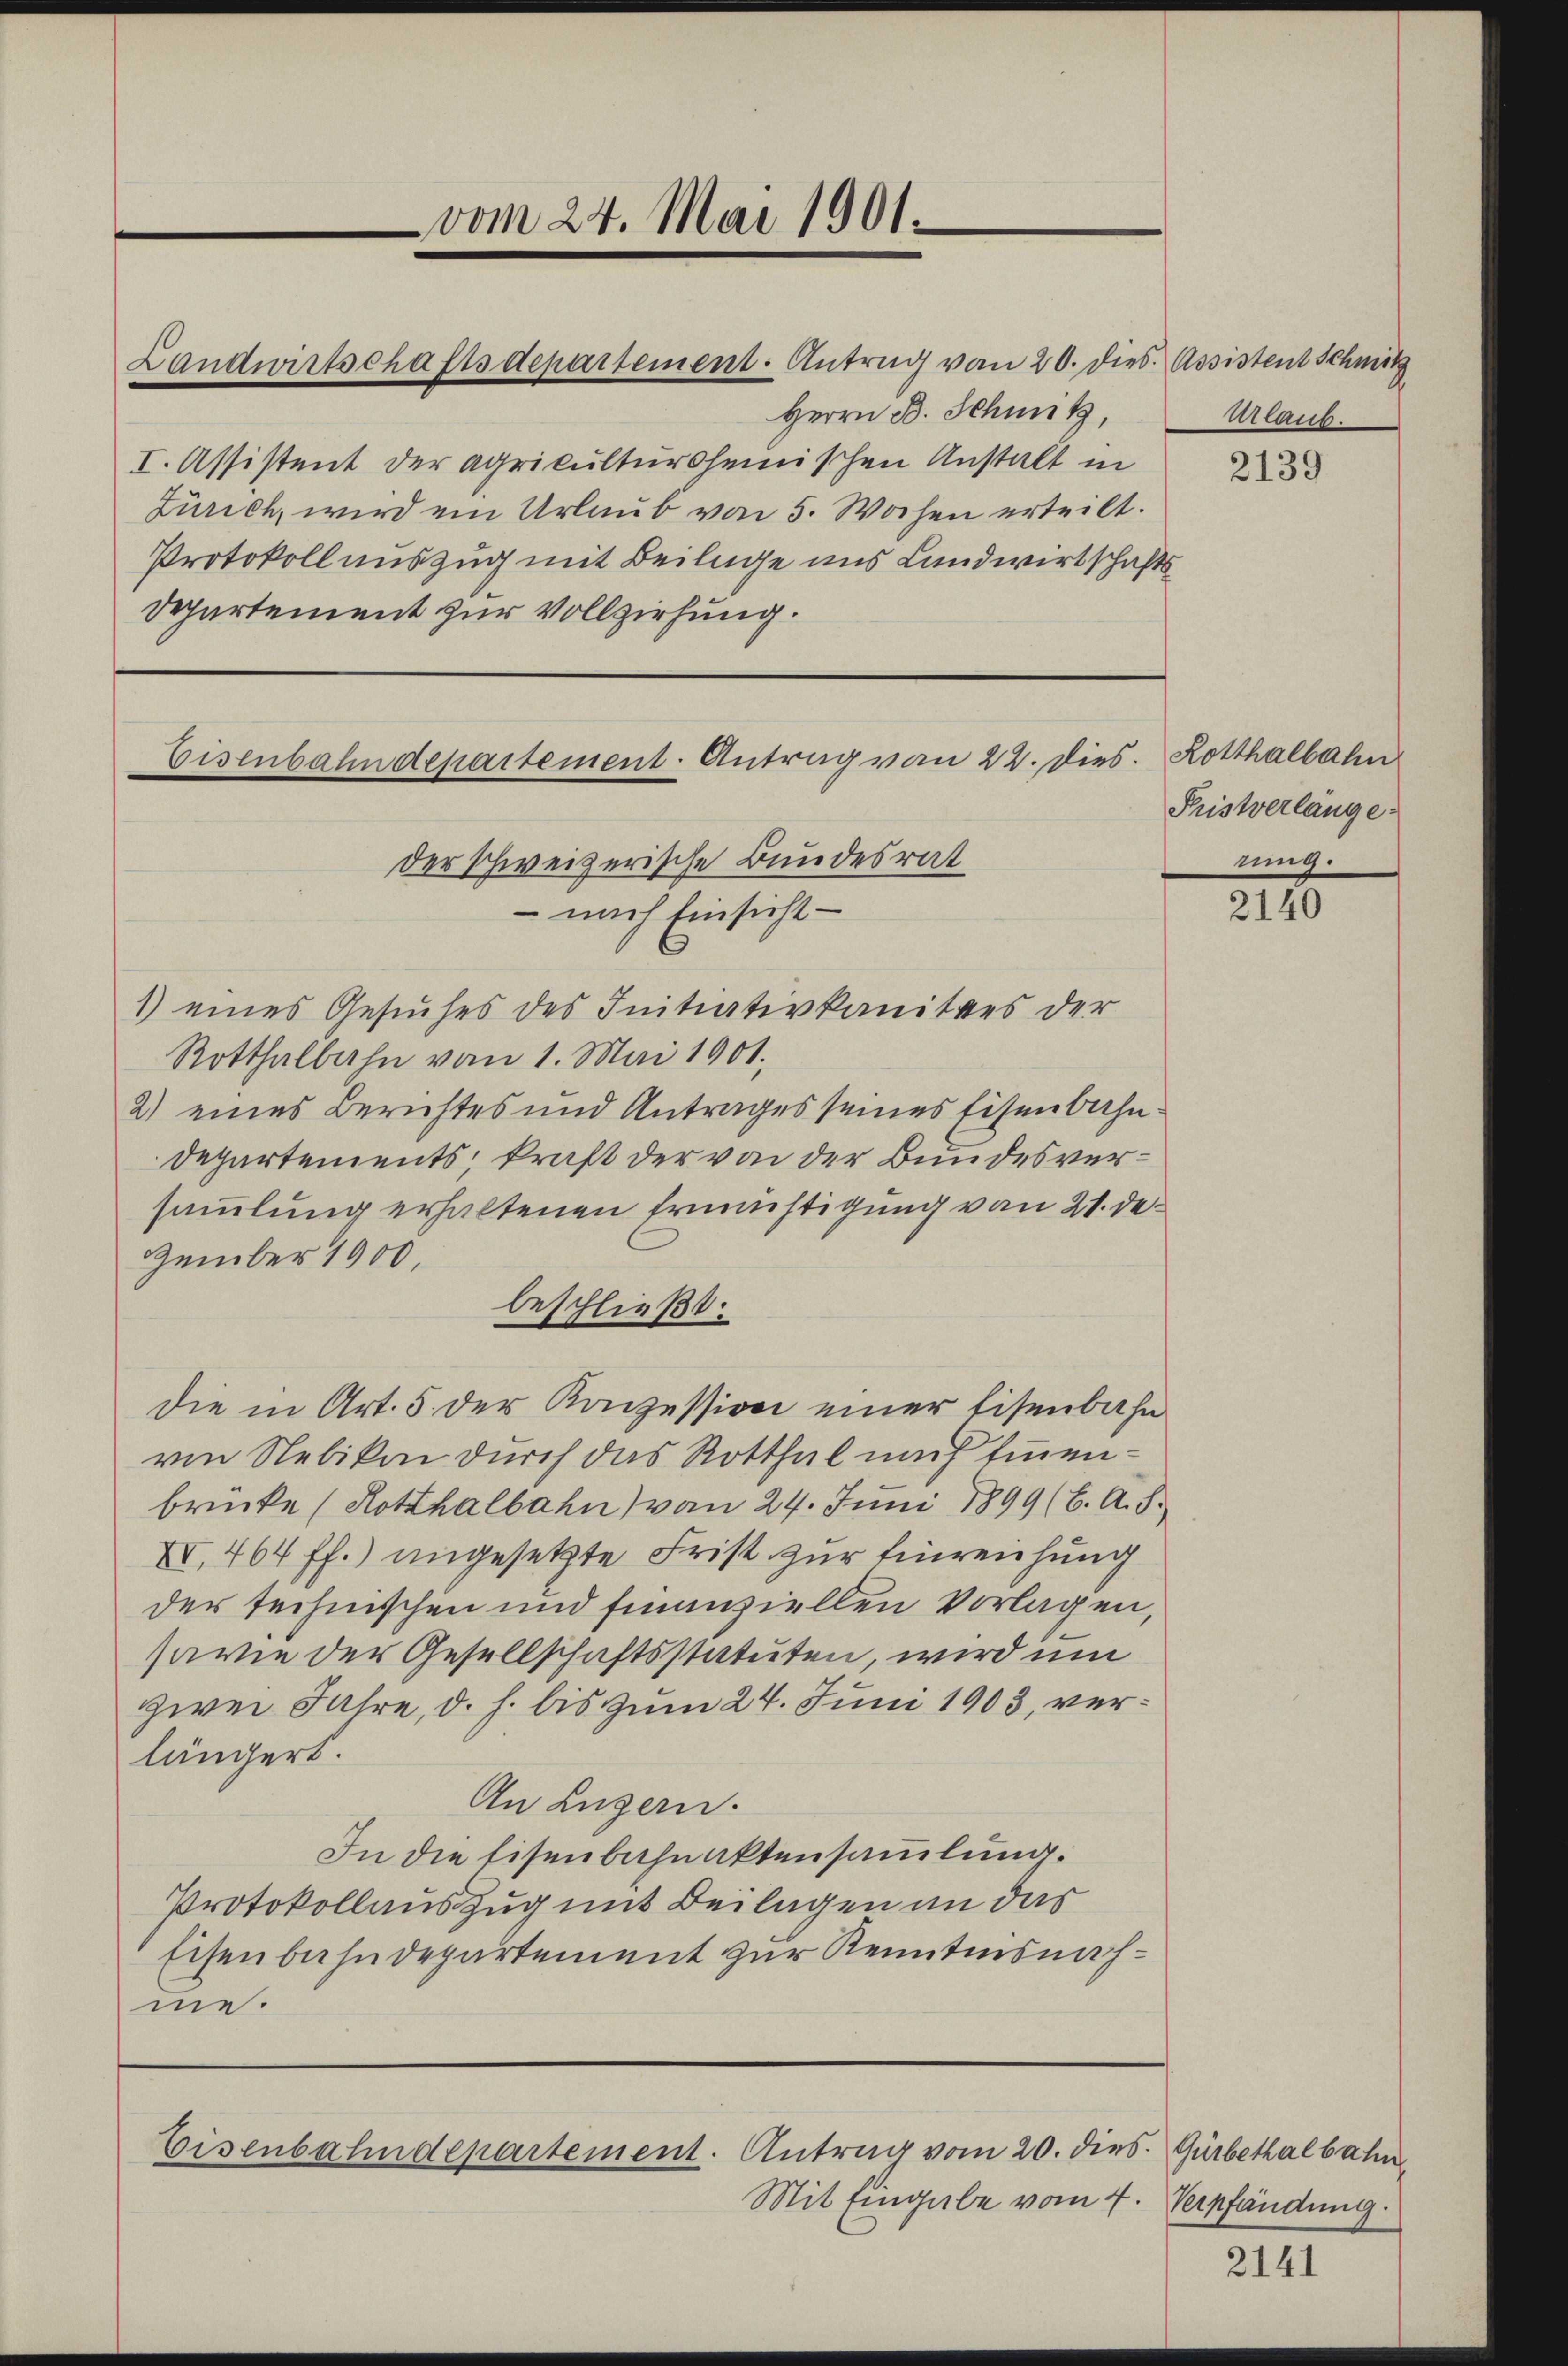
Landwirtschaftsdepartement. Antrag von 20. dies. Assistent Schmitz
Herrn B. Schutz,
I. Assistent der agrikultursleinischen Anstalt in
Zürich, wird ein Urlaub von 5. Wochen erteilt.
Protokoll auszug mit Beilage uns Landwirtschafts
Departement zur Vollziehung.

vom 24. Mai 1901.

nach Einsicht —
1) eines Gesuches des Initiativkanitärs der
Rotthalbahn vom 1. Mai 1901.
2) eines Berichtes und Antrages seines Eisenbahn.
Departements, kraft der von der Bundesversammlung erhaltenen Ermünstigung von 21. de
zember 1900,
beschließt:
die in Art. 5 der Konzession einer Eisenbahn
von Nebikon durch das Rotthal mich Einnenbrücke (Rotthalbahn vom 24. Juni 1899 (6. A. S.
XV, 464 ff.) angesetzte Frist zur Einreichung
der technischen und finanziellen Vorlagen,
sawie der Gesellschaftsstatuten, wird um
zwei Jahre, d. h. bis zum 24. Juni 1903, verlängert.
An Luzern.
In die Eisenbahnaktensammlung.
Protokollauszug mit Beilagen an das
Eisenbahndepartement zur Kenntnisnahme.

Eisenbahndepartement. Antrag von 22. dies. Rotthalbahn
der schweizerische Bundesrat

Eisenbahndepartement. Antrag vom 20. dies. Gürbetalbahn

Mit Eingabe vom 7. Verpfändung.

urlaub.

2139

Pristverlange
ning.

2140

2141